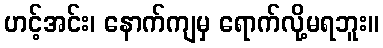
ဟင့်အင်း၊ နောက်ကျမှ ရောက်လို့မရဘူး။